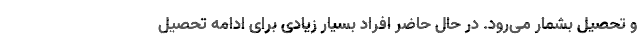
و تحصیل بشمار می‌رود. در حال حاضر افراد بسیار زیادی برای ادامه تحصیل